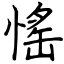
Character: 愮